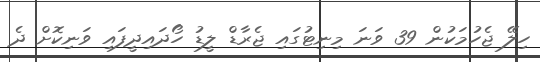
ހިލޭ ޖެހުމަކުން 39 ވަނަ މިނިޓުގައި ޖެރާޑް ލީޑު ހޯދައިދީފައި ވަނިކޮށް ދެ